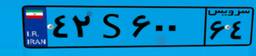
۲۷S۵۲۶۴۴